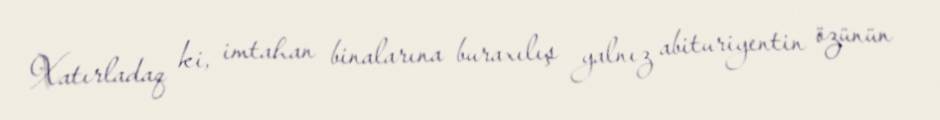
Xatırladaq ki, imtahan binalarına buraxılış yalnız abituriyentin özünün